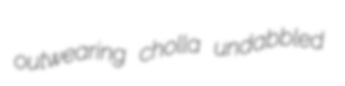
outwearing cholla undabbled